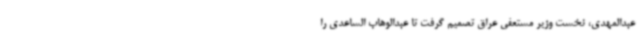
عبدالمهدی، نخست وزیر مستعفی عراق تصمیم گرفت تا عبدالوهاب الساعدی را